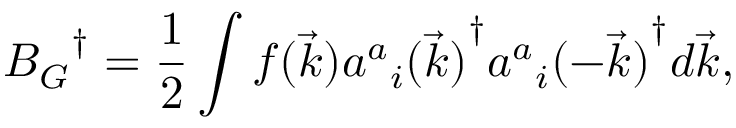
{ { B _ { G } } ^ { \dagger } } = { \frac { 1 } { 2 } } \int { f ( \vec { k } ) { { { a ^ { a } } _ { i } ( \vec { k } ) } ^ { \dagger } } { { { a ^ { a } } _ { i } ( - \vec { k } ) } ^ { \dagger } } d \vec { k } } ,